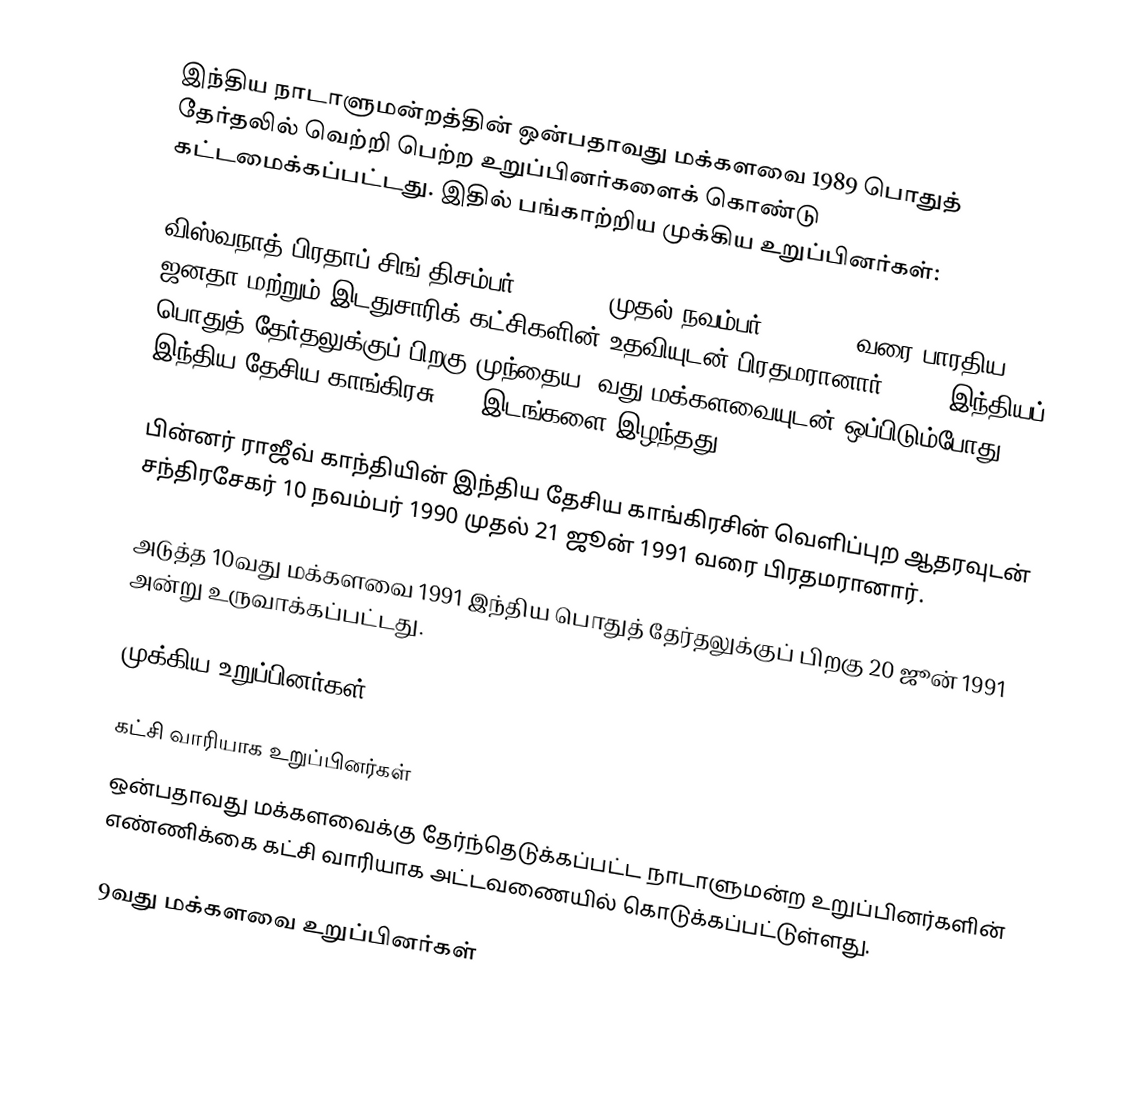
இந்திய நாடாளுமன்றத்தின் ஒன்பதாவது மக்களவை 1989 பொதுத் தேர்தலில் வெற்றி பெற்ற உறுப்பினர்களைக் கொண்டு கட்டமைக்கப்பட்டது. இதில் பங்காற்றிய முக்கிய உறுப்பினர்கள்:

விஸ்வநாத் பிரதாப் சிங் திசம்பர் 02, 1989 முதல் நவம்பர் 10, 1990 வரை பாரதிய ஜனதா மற்றும் இடதுசாரிக் கட்சிகளின் உதவியுடன் பிரதமரானார். 1984 இந்தியப் பொதுத் தேர்தலுக்குப் பிறகு முந்தைய 8வது மக்களவையுடன் ஒப்பிடும்போது இந்திய தேசிய காங்கிரசு 207 இடங்களை இழந்தது.

பின்னர் ராஜீவ் காந்தியின் இந்திய தேசிய காங்கிரசின் வெளிப்புற ஆதரவுடன் சந்திரசேகர் 10 நவம்பர் 1990 முதல் 21 ஜூன் 1991 வரை பிரதமரானார்.

அடுத்த 10வது மக்களவை 1991 இந்திய பொதுத் தேர்தலுக்குப் பிறகு 20 ஜூன் 1991 அன்று உருவாக்கப்பட்டது.

முக்கிய உறுப்பினர்கள்

கட்சி வாரியாக உறுப்பினர்கள்
ஒன்பதாவது மக்களவைக்கு தேர்ந்தெடுக்கப்பட்ட நாடாளுமன்ற உறுப்பினர்களின் எண்ணிக்கை கட்சி வாரியாக அட்டவணையில் கொடுக்கப்பட்டுள்ளது.

9வது மக்களவை உறுப்பினர்கள்